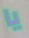
يا